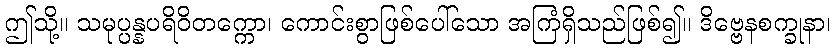
ဤသို့။ သမုပ္ပန္နပရိဝိတက္ကော၊ ကောင်းစွာဖြစ်ပေါ်သော အကြံရှိသည်ဖြစ်၍။ ဒိဗ္ဗေနစက္ခုနာ၊